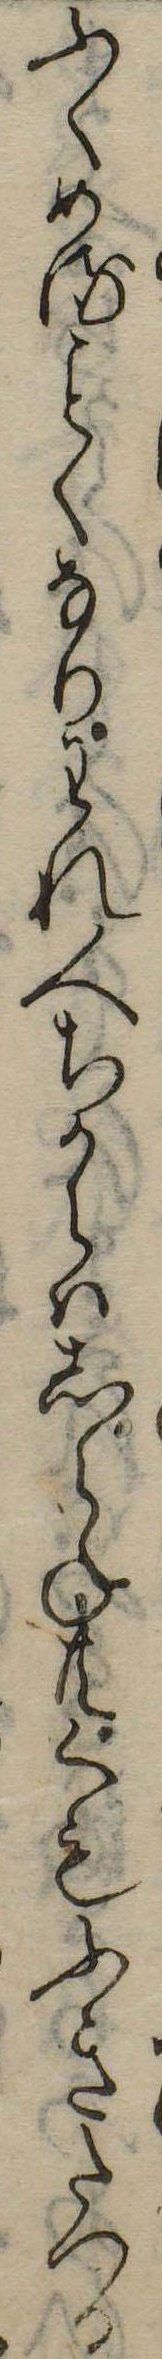
ふくめるくなりわれ人ちからはしらね共くもふきたつる